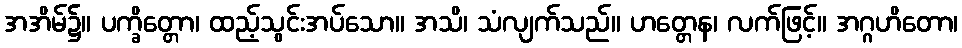
အအိမ်၌။ ပက္ခိတ္တော၊ ထည့်သွင်းအပ်သော။ အသိ၊ သံလျက်သည်။ ဟတ္တေန၊ လက်ဖြင့်။ အဂ္ဂဟိတော၊